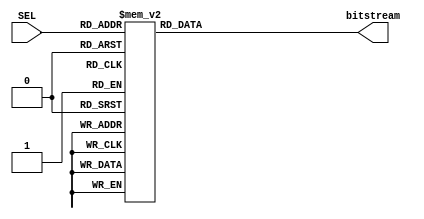
module bitgen (SEL,bitstream); 

input [3:0] SEL; 
output reg bitstream; 
always @ (SEL) 

begin 
	bitstream = 0; 
	case (SEL) 
		4'b0001 : bitstream = 1'b1; 
		4'b0010 : bitstream = 1'b0; 
		4'b0011 : bitstream = 1'b0; 
		4'b0100 : bitstream = 1'b0; 
		4'b0101 : bitstream = 1'b1; 
		4'b0110 : bitstream = 1'b1; 
		4'b0111 : bitstream = 1'b0; 
		4'b1000 : bitstream = 1'b1;	 
	endcase 
end 

endmodule